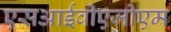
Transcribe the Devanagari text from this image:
एसआईवीएजीएम